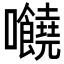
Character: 𡆁